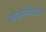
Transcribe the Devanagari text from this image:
साइफ़ोनोफ़ोश